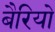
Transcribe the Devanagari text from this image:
बैरियो